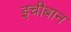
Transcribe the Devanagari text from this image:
इचीबान